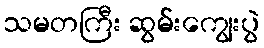
သမတကြီး ဆွမ်းကျွေးပွဲ